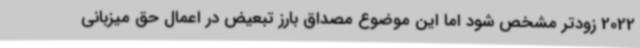
2022 زودتر مشخص شود اما این موضوع مصداق بارز تبعیض در اعمال حق میزبانی